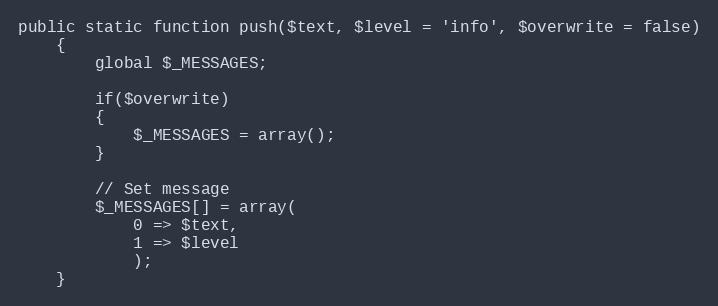
Language: PHP
public static function push($text, $level = 'info', $overwrite = false)
	{
		global $_MESSAGES;

		if($overwrite)
		{
			$_MESSAGES = array();
		}

		// Set message
		$_MESSAGES[] = array(
			0 => $text,
			1 => $level
			);
	}